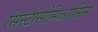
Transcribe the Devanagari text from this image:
सिस्टोसोमिआसिस